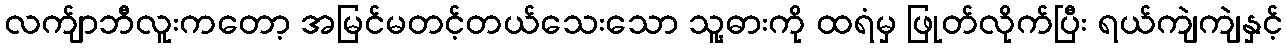
လက်ျာဘီလူးကတော့ အမြင်မတင့်တယ်သေးသော သူ့ဓားကို ထရံမှ ဖြုတ်လိုက်ပြီး ရယ်ကျဲကျဲနှင့်